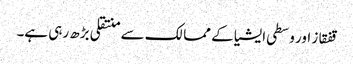
قفقاز اور وسطی ایشیا کے ممالک سے منتقلی بڑھ رہی ہے۔